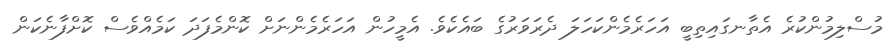
މުސްލިމުންކުރެ އެތާނގައިތިބީ އަހަރެމެންކަހަލަ ދެރަވަރުގެ ބައެކެވެ. އެމީހުން އަހަރެމެންނަށް ކޮންމެފަދަ ކަމެއްވެސް ކޮށްފާނެކަން